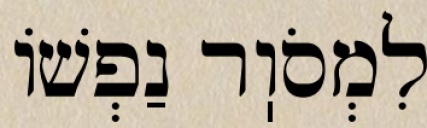
לִמְסֹוֽר נַפְשׁוֹ